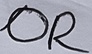
Text: OR